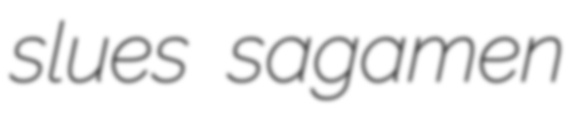
slues sagamen